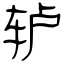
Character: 轳